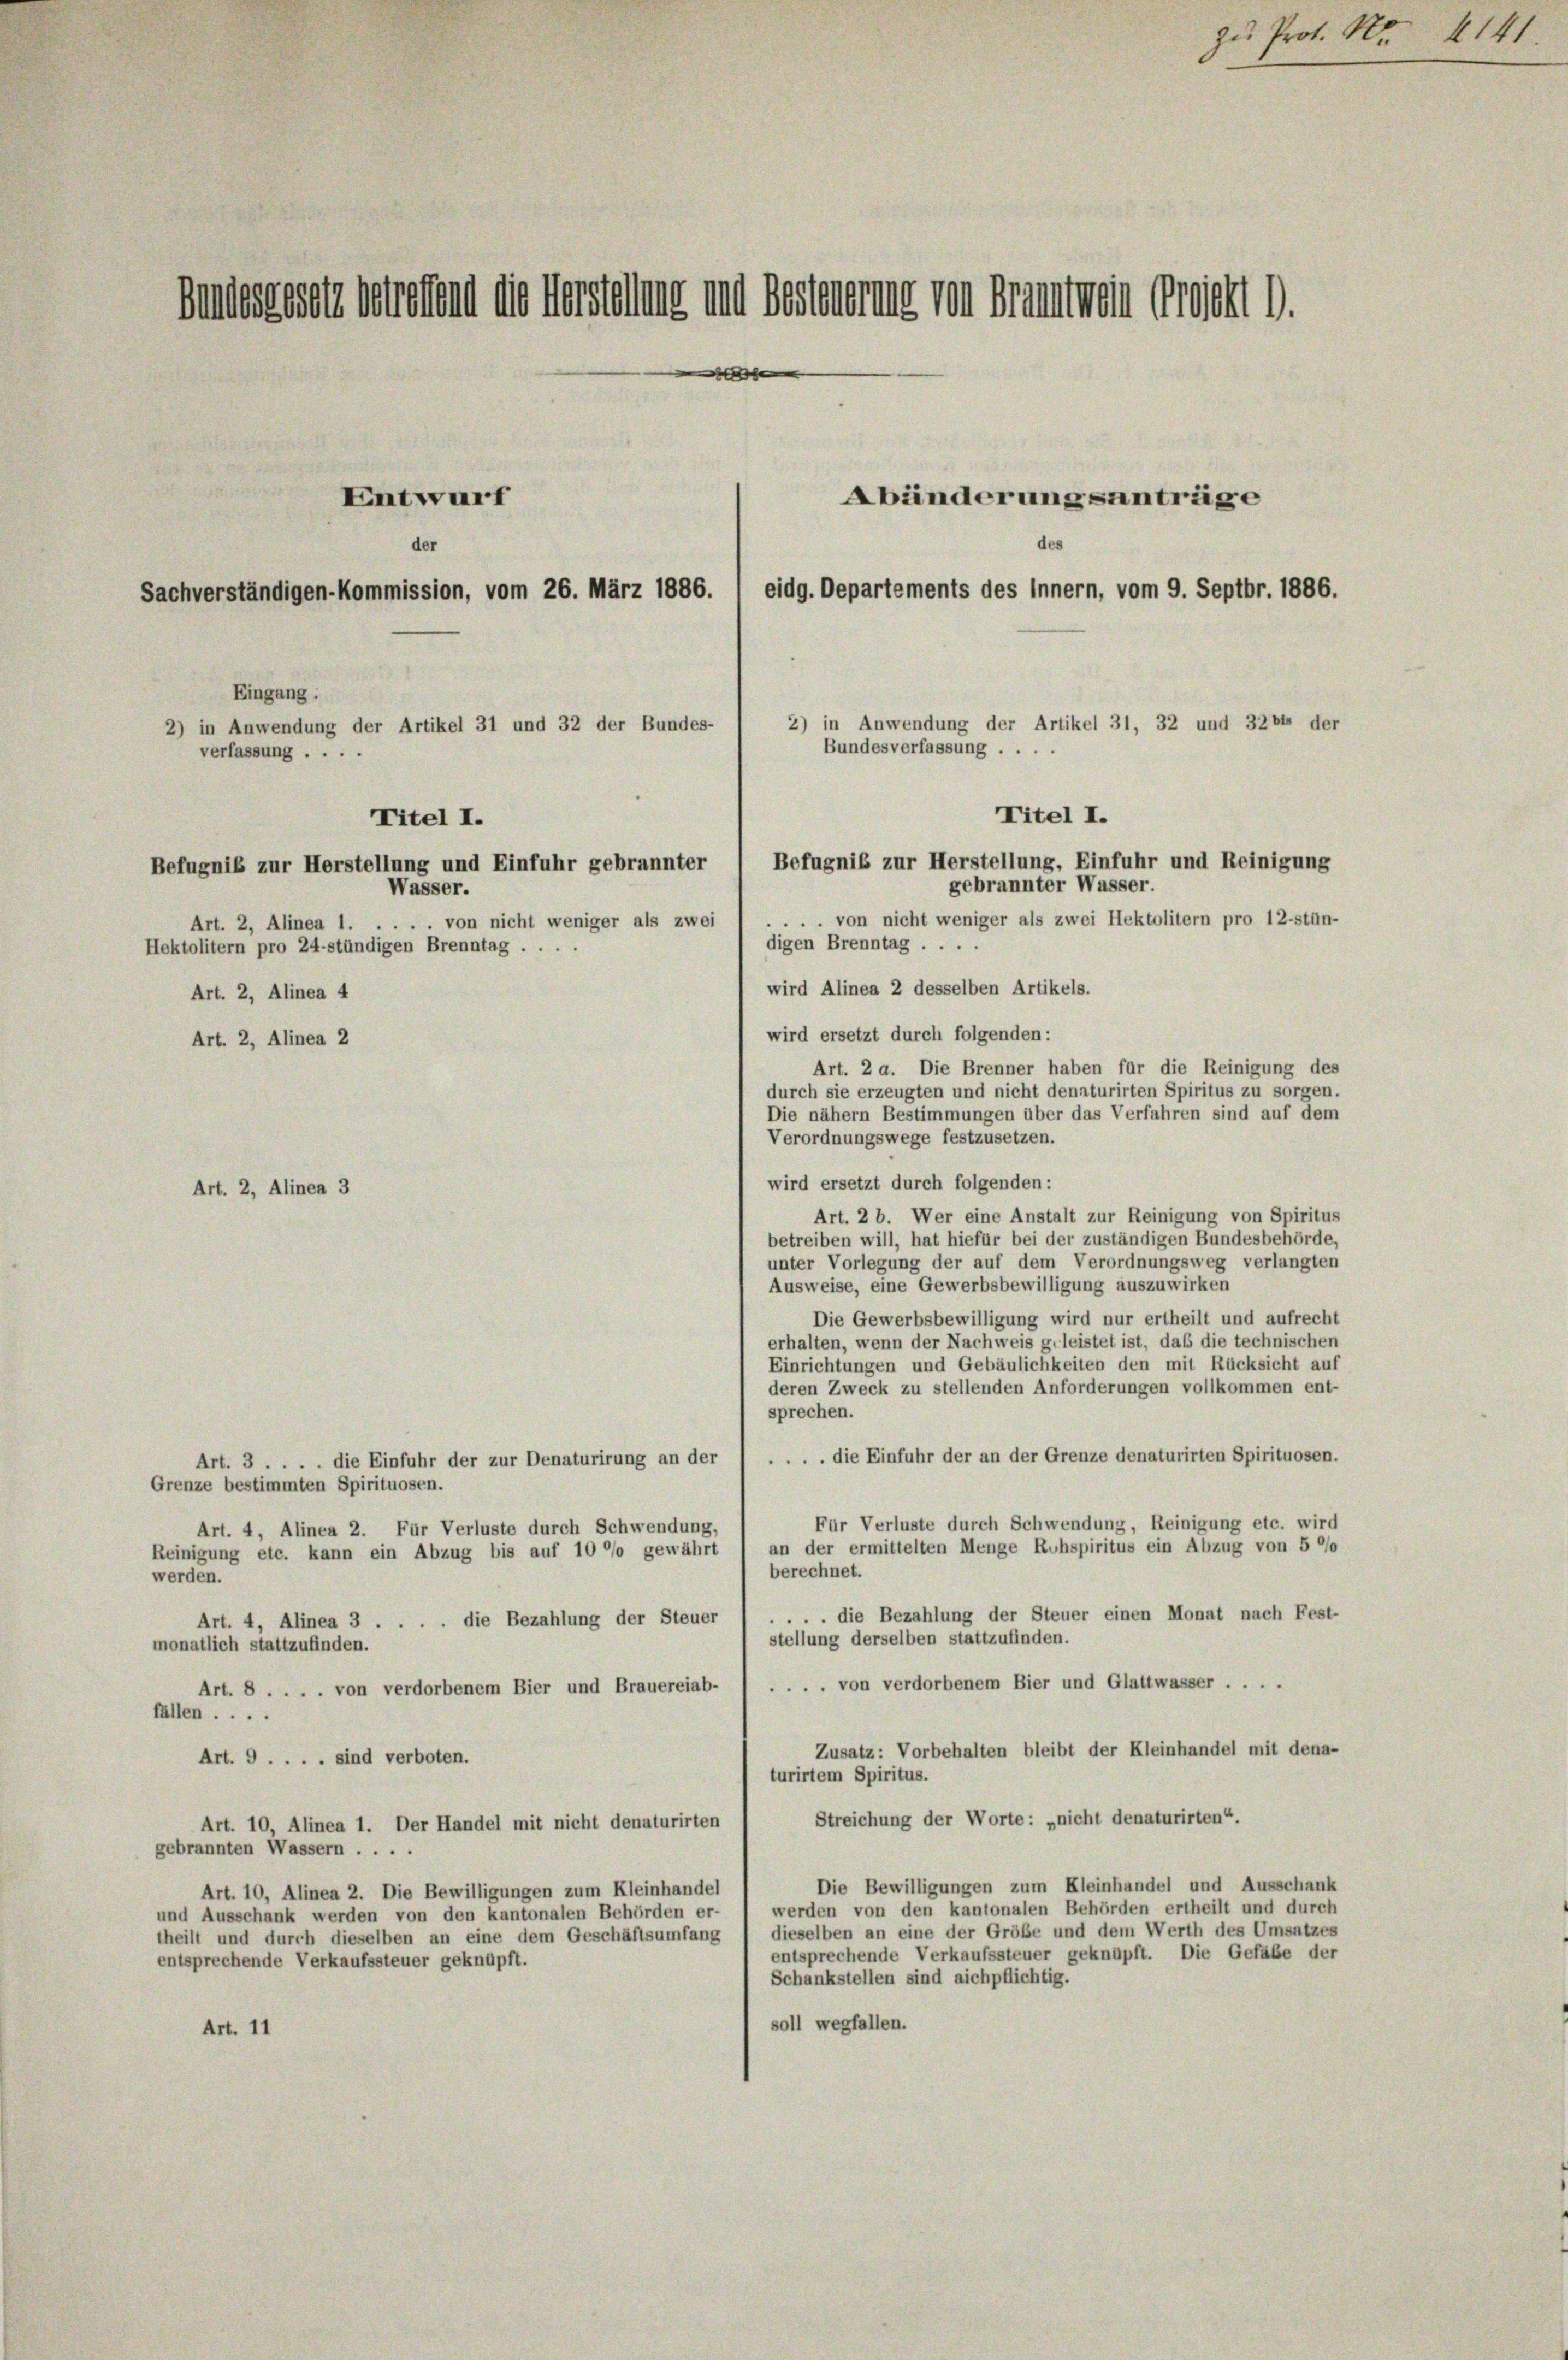
Bundesgesetz betreffend die Verstellung und Besinnerung von Grammen Grosst d.
e
Entwurf
Abänderungsanträge
des
der
eidg. Departements des Innern, vom 9. Septbr. 1886.
Sachverständigen-Kommission, vom 26. März 1886.
Eingang:
2) in Anwendung der Artikel 31, 32 und 3264 der
2) in Anwendung der Artikel 31 und 32 der Bundes-
Bundesverfassung ....
verfassung ....

Titel I.
Befugnis zur Herstellung, Einfuhr und Reinigung
gebrannter Wasser.
... von nicht weniger als zwei Hektolitern pro 12-stün-
digen Brenntag . . .
wird Alinea 2 desselben Artikels.
wird ersetzt durch folgenden:
Art. 2 a. Die Brenner haben für die Reinigung des
durch sie erzeugten und nicht denaturirten Spiritus zu sorgen.
Die nähern Bestimmungen über das Verfahren sind auf dem
Verordnungswege festzusetzen.
wird ersetzt durch folgenden:
Art. 2 b. Wer eine Anstalt zur Reinigung von Spiritus
betreiben will, hat hiefür bei der zuständigen Bundesbehörde,
unter Vorlegung der auf dem Verordnungsweg verlangten
Ausweise, eine Gewerbsbewilligung auszuwirken
Die Gewerbsbewilligung wird nur ertheilt und aufrecht
erhalten, wenn der Nachweis geleistet ist, daß die technischen
Einrichtungen und Gebäulichkeiten den mit Rücksicht auf
deren Zweck zu stellenden Anforderungen vollkommen ent-
sprechen.
.. die Einfuhr der an der Grenze denaturirten Spirituosen.
Art. 3 . . . . die Einfuhr der zur Denaturirung an der
Grenze bestimmten Spirituosen.
Für Verluste durch Schwendung, Reinigung etc. wird
Art. 4, Alinea 2. Für Verluste durch Schwendung,
an der ermittelten Menge Ruhspiritus ein Abzug von 5 °/o
Reinigung etc. kann ein Abzug bis auf 10 °/o gewährt
berechnet.
werden.
. die Bezahlung der Steuer einen Monat nach Fest-
Art. 4, Alinea 3 . . . . die Bezahlung der Steuer
stellung derselben stattzufinden.
monatlich stattzufinden.
.. von verdorbenem Bier und Glattwasser ....
Art. 8 . . . . von verdorbenem Bier und Brauereiab-
fällen ....
Zusatz: Vorbehalten bleibt der Kleinhandel mit dena-
Art. 9 . . . . sind verboten.
turirtem Spiritus.
Streichung der Worte: „nicht denaturirten“.
Art. 10, Alinea 1. Der Handel mit nicht denaturirten
gebrannten Wassern ....
Die Bewilligungen zum Kleinhandel und Ausschank
Art. 10, Alinea 2. Die Bewilligungen zum Kleinhandel
werden von den kantonalen Behörden ertheilt und durch
und Ausschank werden von den kantonalen Behörden er-
dieselben an eine der Größe und dem Werth des Umsatzes
theilt und durch dieselben an eine dem Geschäftsumfang
entsprechende Verkaufssteuer geknüpft. Die Gefabe der
entsprechende Verkaufssteuer geknüpft.
Schankstellen sind aichpflichtig.
soll wegfallen.
Art. 11

Titel I.
Befugniß zur Herstellung und Einfuhr gebrannter
Wasser.
Art. 2, Alinea 1. . . . . von nicht weniger als zwei
Hektolitern pro 24 stündigen Brenntag . . . .

Art. 2, Alinea 3

Art. 2, Alinea 4
Art. 2, Alinea 2

zu Prof. No. 141